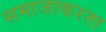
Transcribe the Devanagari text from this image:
समाजाकरता